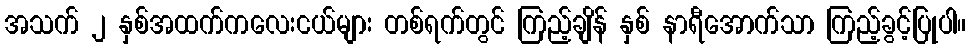
အသက် ၂ နှစ်အထက်ကလေးငယ်များ တစ်ရက်တွင် ကြည့်ချိန် နှစ် နာရီအောက်သာ ကြည့်ခွင့်ပြုပါ။